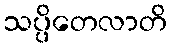
သပ္ပိတေလာတိ